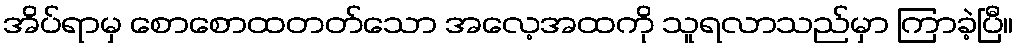
အိပ်ရာမှ စောစောထတတ်သော အလေ့အထကို သူရလာသည်မှာ ကြာခဲ့ပြီ။